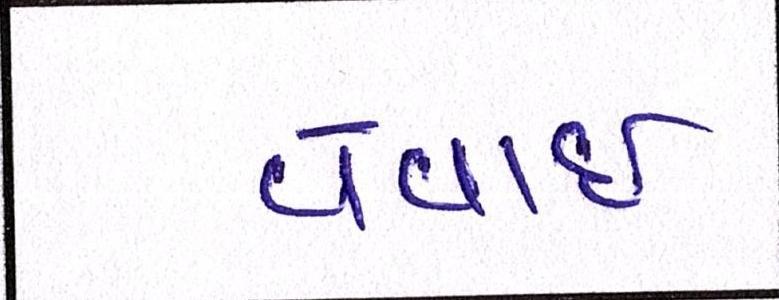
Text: વેવાઈ